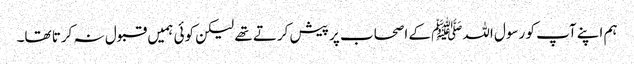
ہم اپنے آپ کو رسول اللہﷺ کے اصحاب پر پیش کرتے تھے لیکن کوئی ہمیں قبول نہ کرتا تھا۔